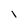
Character: i